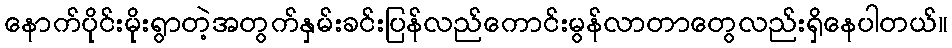
နောက်ပိုင်းမိုးရွာတဲ့အတွက်နှမ်းခင်းပြန်လည်ကောင်းမွန်လာတာတွေလည်းရှိနေပါတယ်။